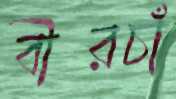
বীরচাঁ